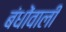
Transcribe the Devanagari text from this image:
बंधोंवाली